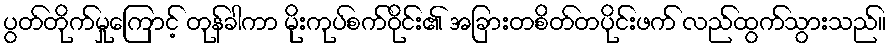
ပွတ်တိုက်မှုကြောင့် တုန်ခါကာ မိုးကုပ်စက်ဝိုင်း၏ အခြားတစိတ်တပိုင်းဖက် လည်ထွက်သွားသည်။